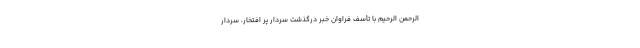
الرّحمن الرّحیم با تأسف فراوان خبر درگذشت سردار پر افتخار، سردار